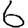
Digit: 6